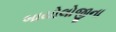
બાયોલોજીના